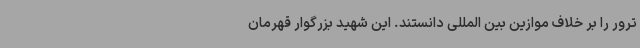
ترور را بر خلاف موازین بین المللی دانستند. این شهید بزرگوار قهرمان